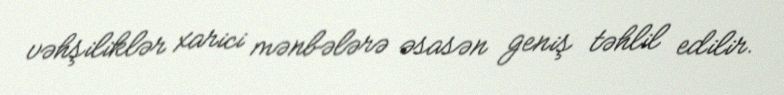
vəhşiliklər xarici mənbələrə əsasən geniş təhlil edilir.